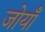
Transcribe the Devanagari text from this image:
जोयाँ